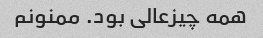
همه چیز‌عالی‌ بود. ممنونم